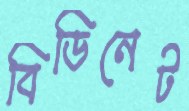
বিডিনেট